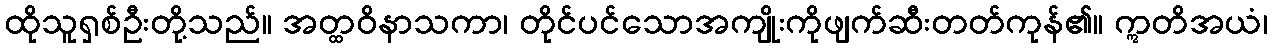
ထိုသူရှစ်ဦးတို့သည်။ အတ္ထဝိနာသကာ၊ တိုင်ပင်သောအကျိုးကိုဖျက်ဆီးတတ်ကုန်၏။ ဣတိအယံ၊